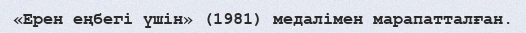
«Ерен еңбегі үшін» (1981) медалімен марапатталған.